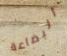
البضاعة